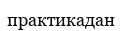
практикадан